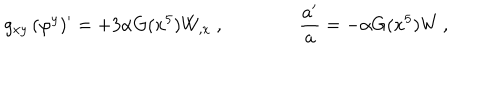
g _ { x y } \, ( \varphi ^ { y } ) ^ { \prime } = + 3 \alpha G ( x ^ { 5 } ) W _ { , x } \ , \qquad \qquad { \frac { a ^ { \prime } } { a } } = - \alpha G ( x ^ { 5 } ) W \, ,